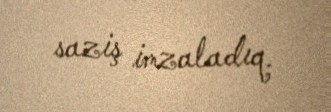
saziş imzaladıq.